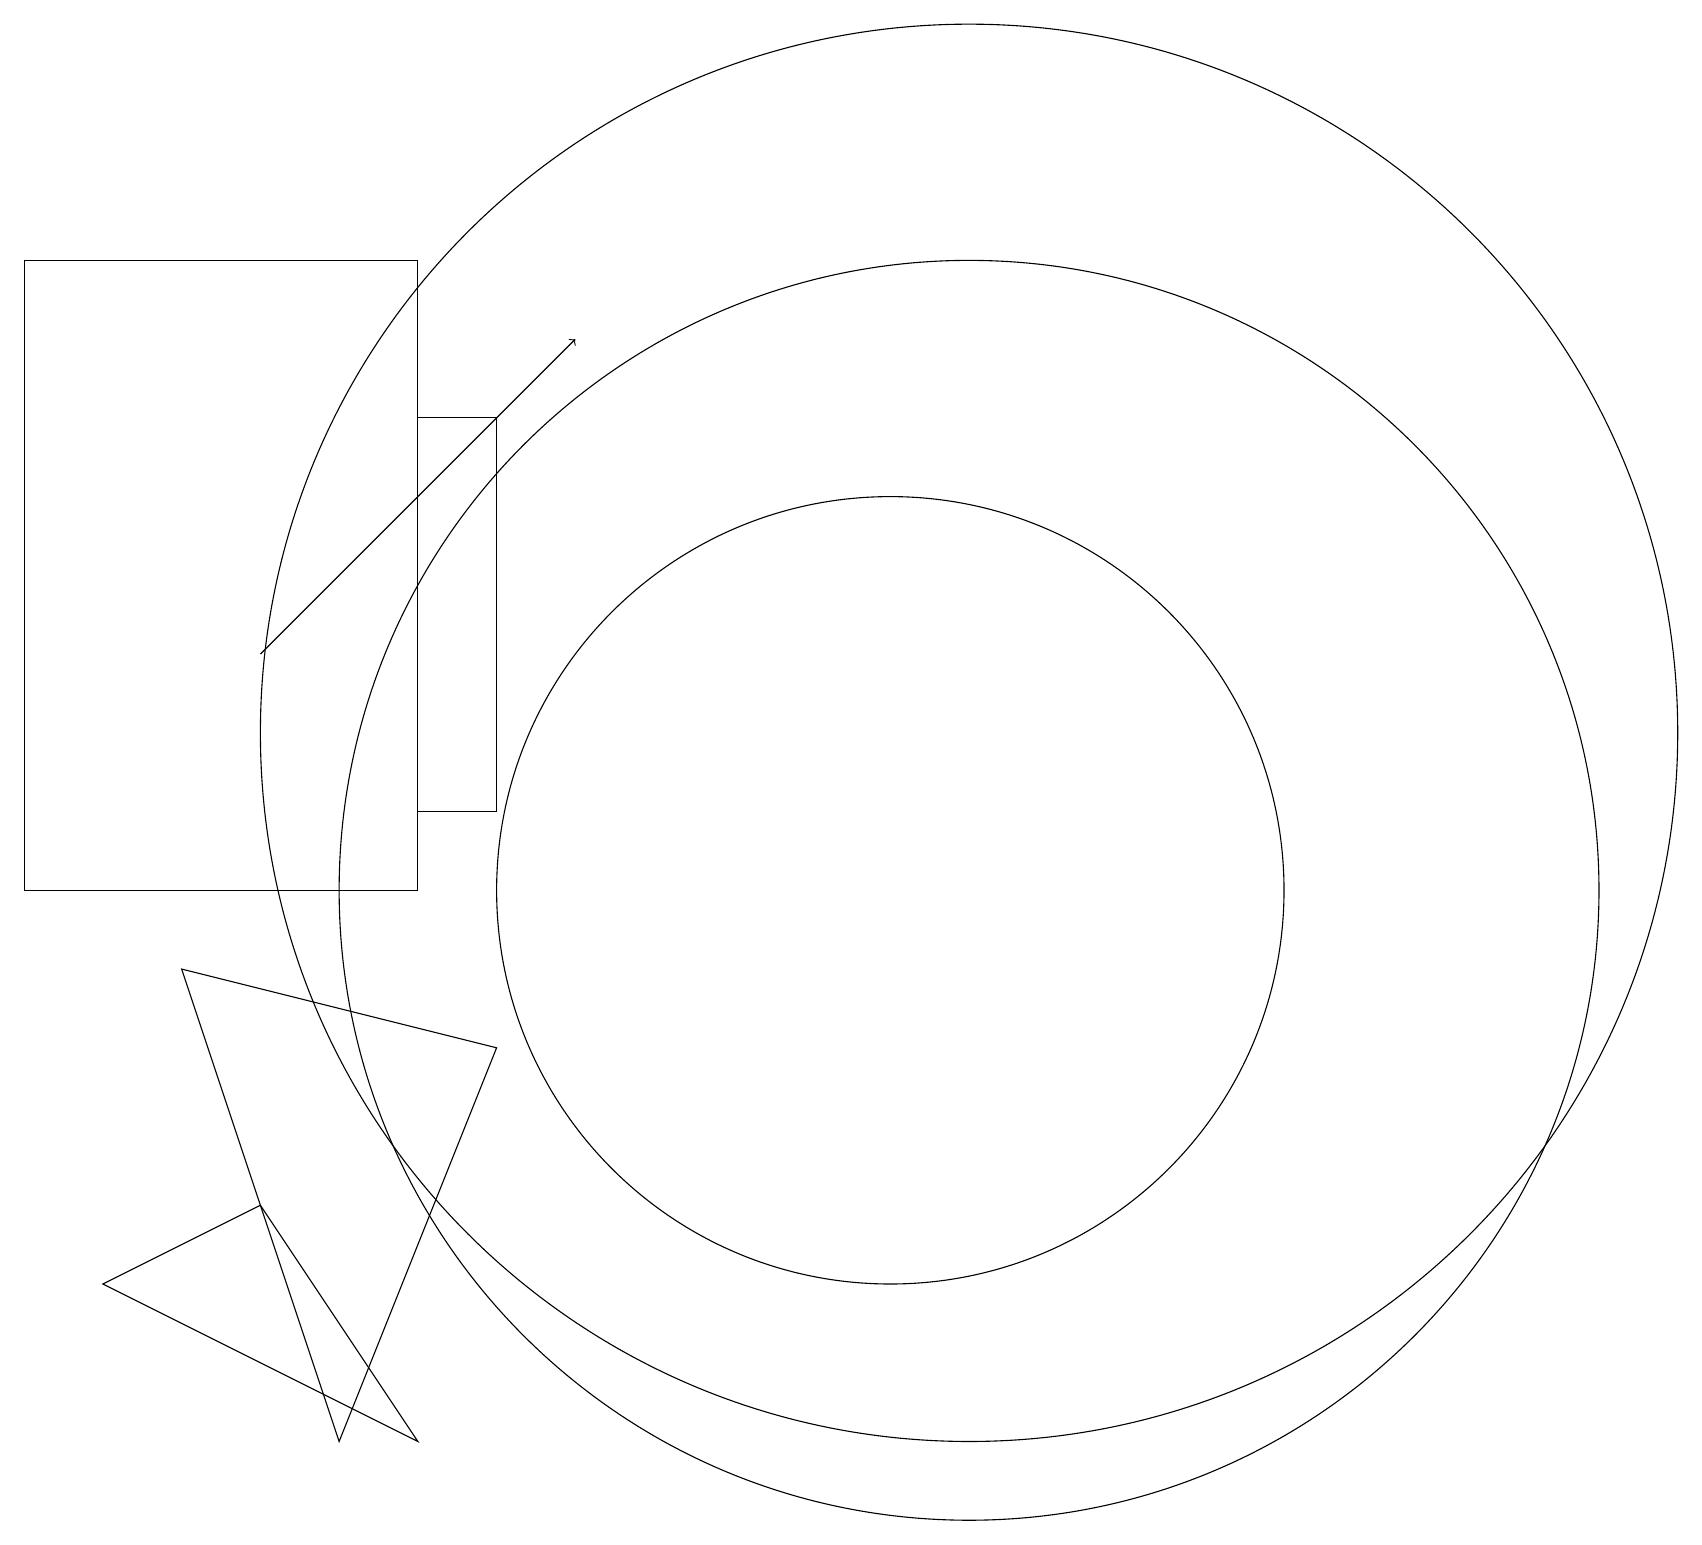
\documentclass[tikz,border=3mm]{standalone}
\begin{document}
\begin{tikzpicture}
\draw (5,16) rectangle (6,11);
\draw (3,6) -- (1,5) -- (5,3) -- cycle;
\draw (12,10) circle (8);
\draw[->] (3,13) -- (7,17);
\draw (12,12) circle (9);
\draw (11,10) circle (5);
\draw (2,9) -- (6,8) -- (4,3) -- cycle;
\draw (0,10) rectangle (5,18);
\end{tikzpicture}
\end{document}